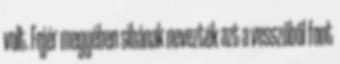
volt. Fejér megyében sibának nevezték azt a vesszőből font